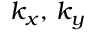
k _ { x } , \, k _ { y }